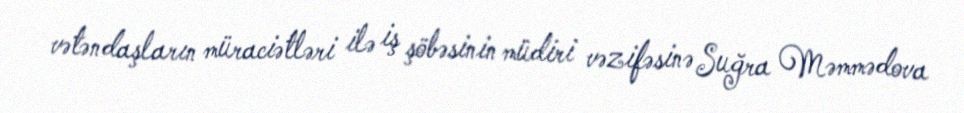
vətəndaşların müraciətləri ilə iş şöbəsinin müdiri vəzifəsinə Suğra Məmmədova